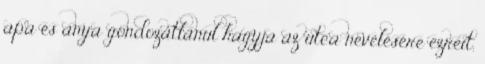
apa és anya gondozatlanul hagyja az utca nevelésére ezreit,